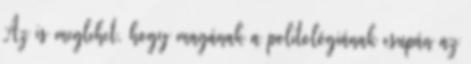
Az is meglehet, hogy magának a politológiának csupán az